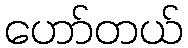
ဟော်တယ်